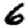
Digit: 6